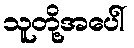
သူတို့အပေါ်